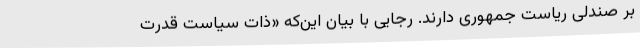
بر صندلی ریاست جمهوری دارند. رجایی با بیان این‌که «ذات سیاست قدرت